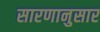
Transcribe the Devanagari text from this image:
सारणानुसार